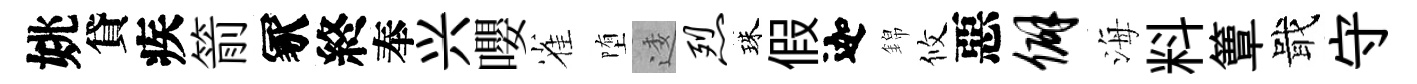
姚貸疾箭冢終奉兴嚶雀堕逶烈珠假迦錦攸惡僻海料簟戢守